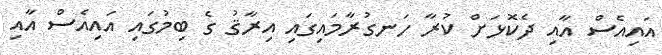
އައިއެސް އާއި ދެކޮޅަށް ކުރާ ހަނގުރާމައިގައި އިރާޤު ގެ ބިމުގައި އައިއެސް އާއި